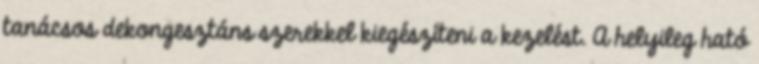
tanácsos dekongesztáns szerekkel kiegészíteni a kezelést. A helyileg ható